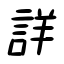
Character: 詳